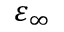
\varepsilon _ { \infty }